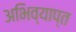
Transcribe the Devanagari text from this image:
अभिव्याप्त